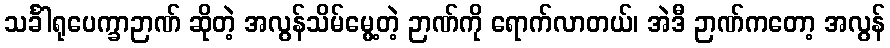
သင်္ခါရုပေက္ခာဉာဏ် ဆိုတဲ့ အလွန်သိမ်မွေ့တဲ့ ဉာဏ်ကို ရောက်လာတယ်၊ အဲဒီ ဉာဏ်ကတော့ အလွန်